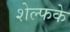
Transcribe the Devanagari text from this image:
शेल्फके